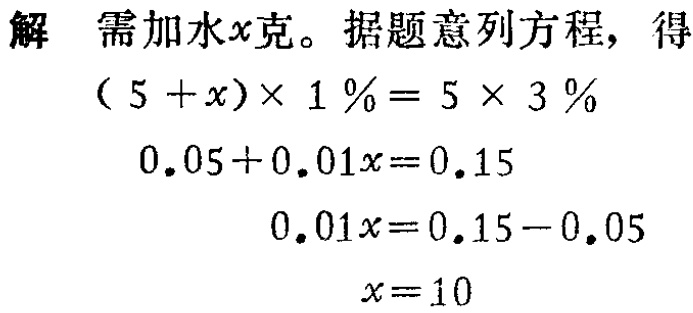
解 需加水\(x\)克。据题意列方程，得

\((5 + x)\times 1\%= 5\times 3\%\)

\(0.05 + 0.01x = 0.15\)

\(0.01x = 0.15 - 0.05\)

\(x = 10\)